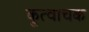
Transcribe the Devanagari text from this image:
कूत्वाचक